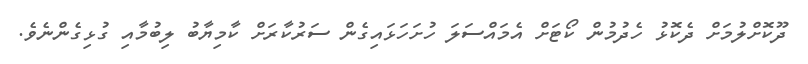
ދޫކޮށްލުމަށް ދެކޮޅު ހެދުމުން ކޯޓަށް އެމައްސަލަ ހުށަހަޅައިގެން ސަރުކާރަށް ކާމިޔާބު ލިބުމާއި ގުޅިގެންނެވެ.